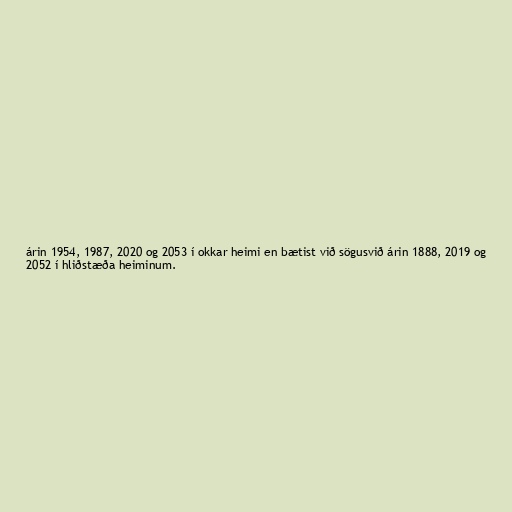
árin 1954, 1987, 2020 og 2053 í okkar heimi en bætist við sögusvið árin 1888, 2019 og
2052 í hliðstæða heiminum.